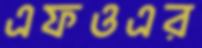
এফওএর